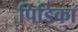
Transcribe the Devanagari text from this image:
पिडिका